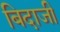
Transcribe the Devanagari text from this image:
बिदाजी